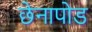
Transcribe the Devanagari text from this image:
छेनापोड